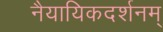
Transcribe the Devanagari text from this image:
नैयायिकदर्शनम्